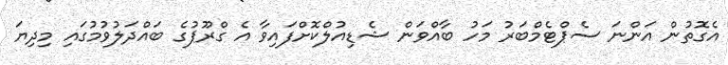
އެގޮތުން އަންނަ ސެޕްޓެމްބަރު މަހު ބާއްވަން ޝެޑިއުލްކޮށްފައިވާ އެ ގްރޫޕުގެ ބައްދަލުވުމުގައި މިދިޔަ